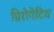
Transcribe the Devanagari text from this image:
प्रिरोगेटिव